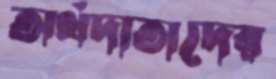
অর্থদাতাদের